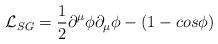
LaTeX: \begin{align*}{\mathcal L}_{SG} =\frac{1}{2} \partial^\mu \phi \partial_\mu \phi -(1-cos \phi )\end{align*}